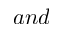
a n d